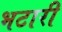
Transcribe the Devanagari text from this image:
भटारी